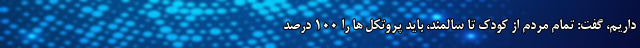
داریم، گفت: تمام مردم از کودک تا سالمند، باید پروتکل ها را ۱۰۰ درصد